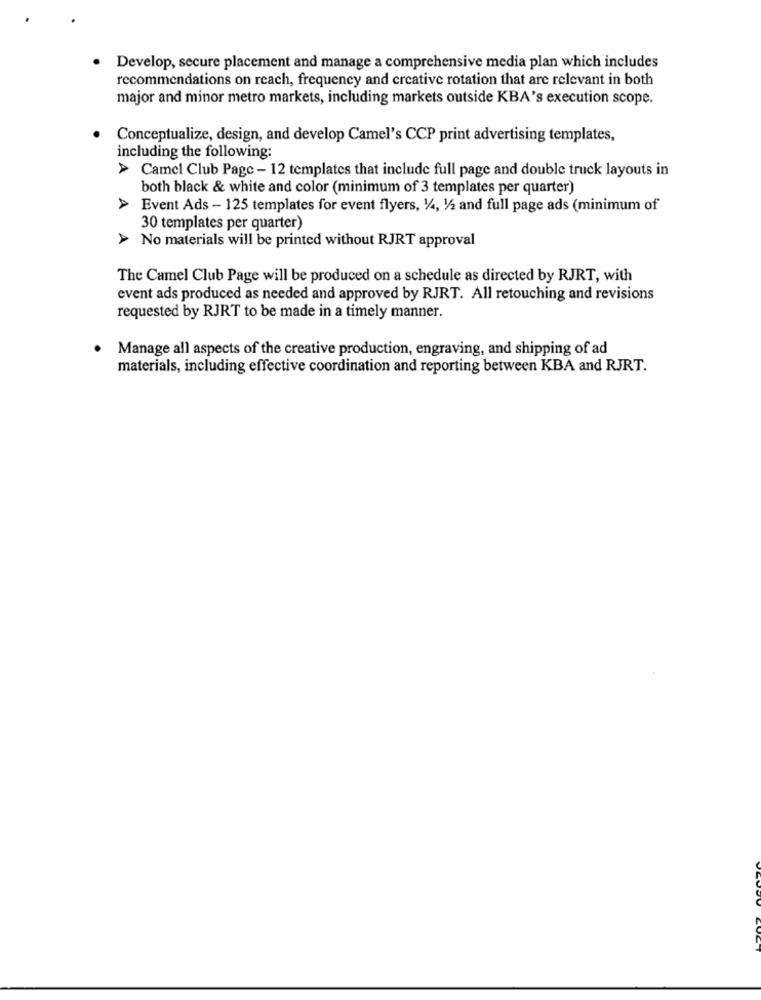
Develop, secure placement and manage a comprehensive media plan which includes
recommendations on reach, frequency and creative rotation that are relevant in both
major and minor metro markets, including markets outside KBA's execution scope.
Conceptualize, design, and develop Camel's CCP print advertising templates,
including the following:
> Camel Club Page - 12 templates that include full page and double truck layouts in
both black & white and color (minimum of 3 templates per quarter)
A
Event Ads - 125 templates for event flyers, 1/4, 1/2 and full page ads (minimum of
30 templates per quarter)
> No materials will be printed without RJRT approval
The Camel Club Page will be produced on a schedule as directed by RJRT, with
event ads produced as needed and approved by RJRT. All retouching and revisions
requested by RJRT to be made in a timely manner.
Manage all aspects of the creative production, engraving, and shipping of ad
materials, including effective coordination and reporting between KBA and RJRT.